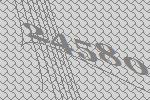
24580